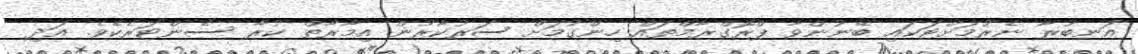
އަނބުރާ ނެރުމަށްޓަކައި ބޭނުންވާ ޕްރޮގްރާމްތައް ހިންގުމަށް ސަރުކާރުން އިމާރާތް ކުރާ ސެންޓަރެކެވެ. އަދި